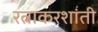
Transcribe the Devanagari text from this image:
रत्नाकरशांती